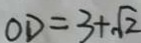
O D = 3 + \sqrt { 2 }